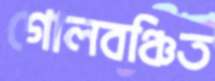
গোলবঞ্চিত